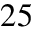
2 5